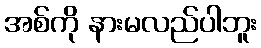
အစ်ကို နားမလည်ပါဘူး